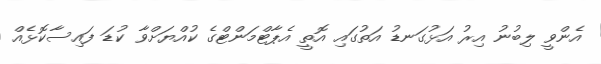
އެންވީ ލިބުނު އިރު އަޅުގަނޑު އަތުގައި އޮތީ އެޕާޓްމަންޓްގެ ކުއްޔަށްވާ ކުޑަ ފައިސާކޮޅެއް